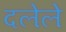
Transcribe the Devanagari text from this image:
दलेले